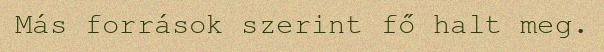
Más források szerint fő halt meg.